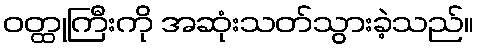
ဝတ္ထုကြီးကို အဆုံးသတ်သွားခဲ့သည်။